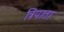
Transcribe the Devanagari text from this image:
त्रिपाता